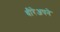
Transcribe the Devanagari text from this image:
धीरेअपने